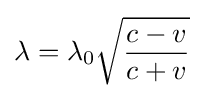
\lambda =\lambda _{0}{\sqrt {\frac {c-v}{c+v}}}\,\!